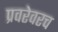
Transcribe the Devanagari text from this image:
प्रवरेवरच